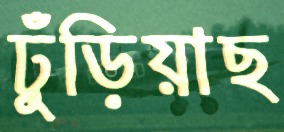
ঢুঁড়িয়াছ